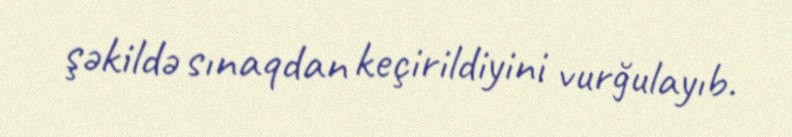
şəkildə sınaqdan keçirildiyini vurğulayıb.